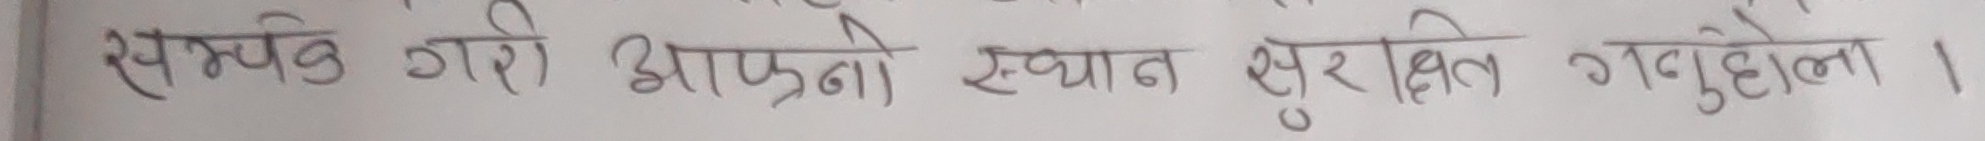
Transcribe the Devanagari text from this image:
सम्पर्क गरि आफ्नो स्थान सुरक्षित गनुर्होला ।